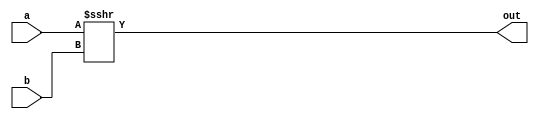
// ---------------------------------------------------------------------
//    Module:     32-bit Shift Register
//    Contact:    hoser21@up.edu and schedel21@up.edu
// ---------------------------------------------------------------------


`timescale 1ns / 1ns

module shiftRight32Arithmetic (out, a, b);

output [31:0] out;
input signed [31:0] a, b;

assign out = a >>> b;

endmodule